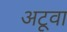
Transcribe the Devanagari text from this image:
अटूवा